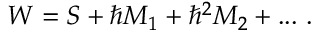
W = S + \hbar M _ { 1 } + \hbar ^ { 2 } M _ { 2 } + . . . \ .